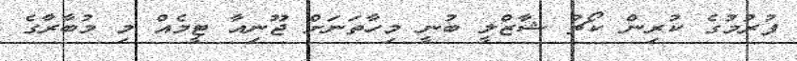
ފުރުމުގެ ކުރިން ކޯޗު ޝާޒްލީ ބުނީ މިހާތަނަށް ޖޫނިއާ ޓީމެއް މި މުބާރާުގެ